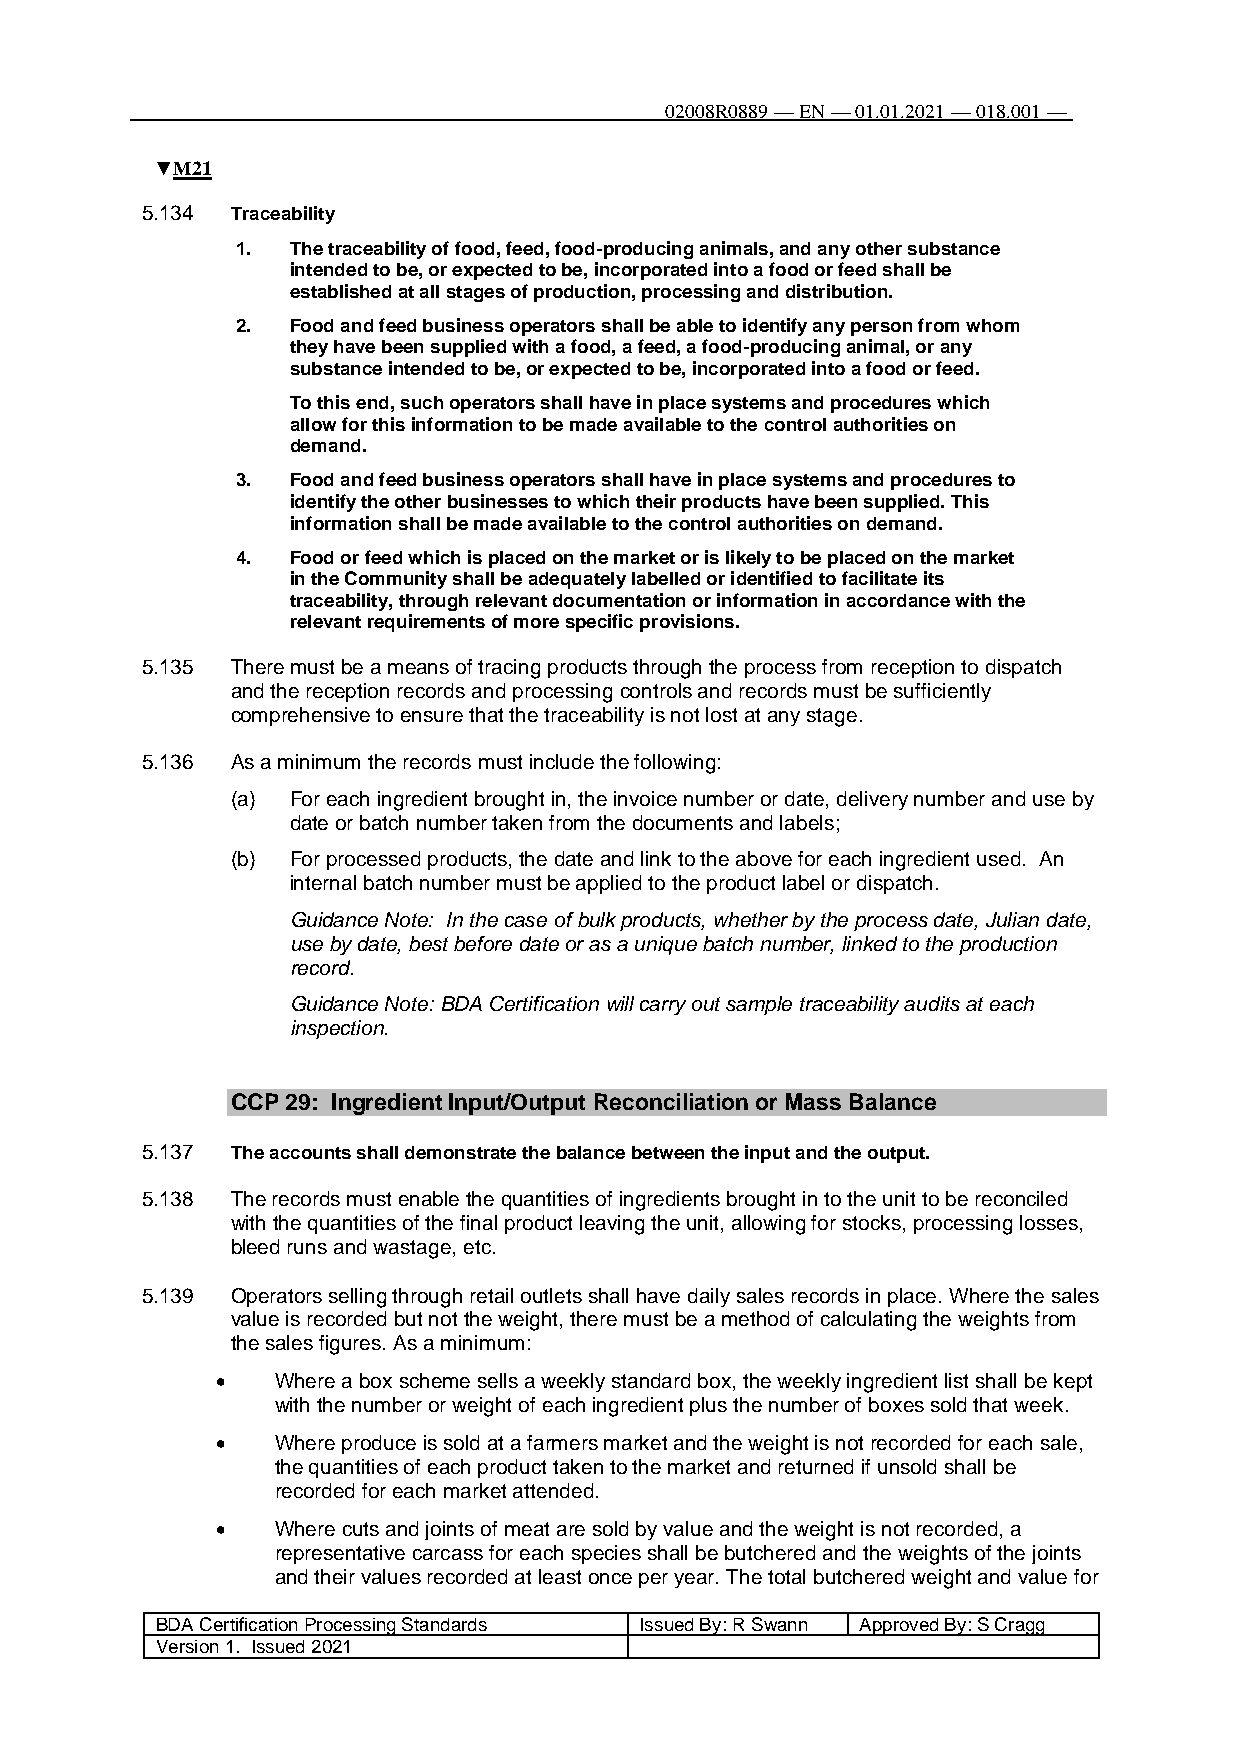
02008R0889 — EN — 01.01.2021 — 018.001 —
 108
 ▼M21
 5.134 Traceability
 1. The traceability of food, feed, food-producing animals, and any other substance
 intended to be, or expected to be, incorporated into a food or feed shall be
 established at all stages of production, processing and distribution.
 2. Food and feed business operators shall be able to identify any person from whom
 they have been supplied with a food, a feed, a food-producing animal, or any
 substance intended to be, or expected to be, incorporated into a food or feed.
 To this end, such operators shall have in place systems and procedures which
 allow for this information to be made available to the control authorities on
 demand.
 3. Food and feed business operators shall have in place systems and procedures to
 identify the other businesses to which their products have been supplied. This
 information shall be made available to the control authorities on demand.
 4. Food or feed which is placed on the market or is likely to be placed on the market
 in the Community shall be adequately labelled or identified to facilitate its
 traceability, through relevant documentation or information in accordance with the
 relevant requirements of more specific provisions.
 5.135 There must be a means of tracing products through the process from reception to dispatch
 and the reception records and processing controls and records must be sufficiently
 comprehensive to ensure that the traceability is not lost at any stage.
 5.136 As a minimum the records must include the following:
 (a) For each ingredient brought in, the invoice number or date, delivery number and use by
 date or batch number taken from the documents and labels;
 (b) For processed products, the date and link to the above for each ingredient used. An
 internal batch number must be applied to the product label or dispatch.
 Guidance Note: In the case of bulk products, whether by the process date, Julian date,
 use by date, best before date or as a unique batch number, linked to the production
 record.
 Guidance Note: BDA Certification will carry out sample traceability audits at each
 inspection.
 CCP 29: Ingredient Input/Output Reconciliation or Mass Balance
 5.137 The accounts shall demonstrate the balance between the input and the output.
 5.138 The records must enable the quantities of ingredients brought in to the unit to be reconciled
 with the quantities of the final product leaving the unit, allowing for stocks, processing losses,
 bleed runs and wastage, etc.
 5.139 Operators selling through retail outlets shall have daily sales records in place. Where the sales
 value is recorded but not the weight, there must be a method of calculating the weights from
 the sales figures. As a minimum:
    Where a box scheme sells a weekly standard box, the weekly ingredient list shall be kept
 with the number or weight of each ingredient plus the number of boxes sold that week.
    Where produce is sold at a farmers market and the weight is not recorded for each sale,
 the quantities of each product taken to the market and returned if unsold shall be
 recorded for each market attended.
    Where cuts and joints of meat are sold by value and the weight is not recorded, a
 representative carcass for each species shall be butchered and the weights of the joints
 and their values recorded at least once per year. The total butchered weight and value for
 BDA Certification Processing Standards Issued By: R Swann Approved By: S Cragg
 Version 1. Issued 2021